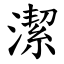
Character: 潔